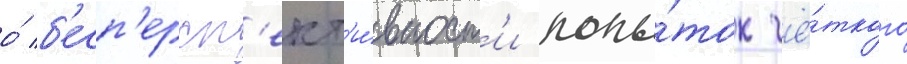
о́ б'есп'ерсп'ект'и́вност'и попы́ток чё́ткого